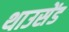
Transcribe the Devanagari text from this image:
थाउसेंड